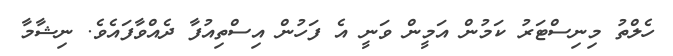
ހެލްތު މިނިސްޓަރު ކަމުން އަމީން ވަނީ އެ ފަހުން އިސްތިއުފާ ދެއްވާފައެވެ. ނިޝާމާ